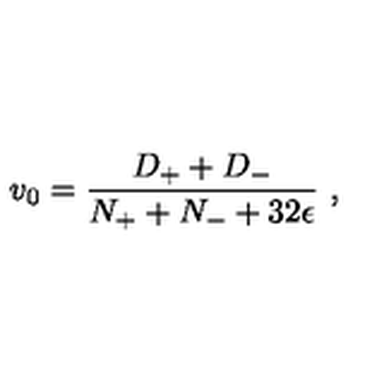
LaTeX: v _ { { 0 } } = \frac { D _ { + } + D _ { - } } { N _ { + } + N _ { - } + 3 2 \epsilon } \ ,